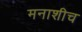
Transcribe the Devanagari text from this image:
मनाशीच